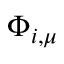
\Phi _ { i , \mu }